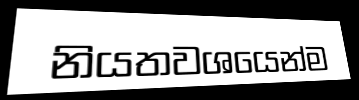
නියතවශයෙන්ම